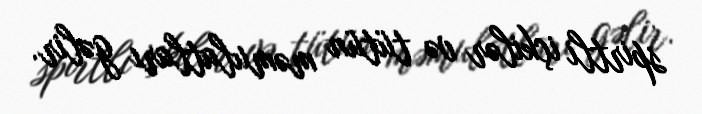
spirtli içkilər və tütün məmulatları gəlir.